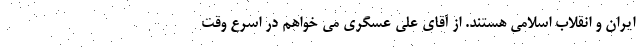
ایران و انقلاب اسلامی هستند. از آقای علی عسگری می خواهم در اسرع وقت